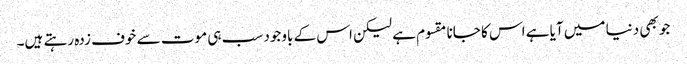
جو بھی دنیا میں آیا ہے اس کا جانا مقسوم ہے لیکن اس کے باوجود سب ہی موت سے خوف زدہ رہتے ہیں۔